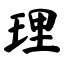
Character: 理